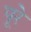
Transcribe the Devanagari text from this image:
पूरे